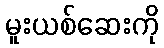
မူးယစ်ဆေးကို